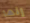
إنها